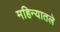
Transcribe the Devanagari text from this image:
महिन्यातले